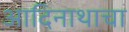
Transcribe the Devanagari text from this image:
आदिनाथाचा